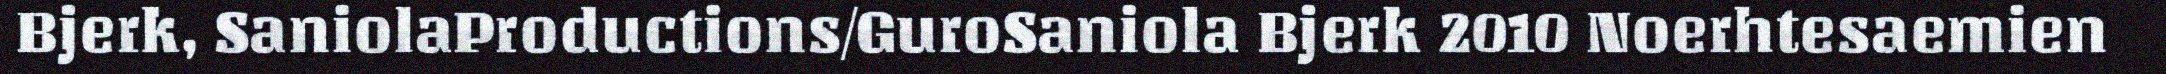
Bjerk, SaniolaProductions/GuroSaniola Bjerk 2010 Noerhtesaemien